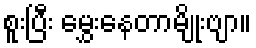
စူးပြီး မွှေးနေတာမျိုးဗျာ။